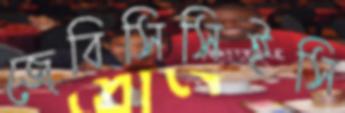
জেবিসিসিইসি